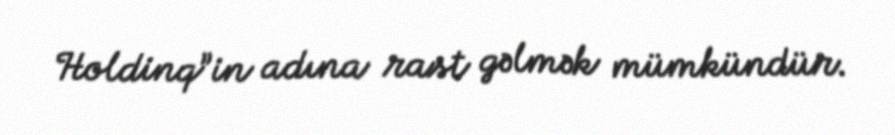
Holdinq”in adına rast gəlmək mümkündür.